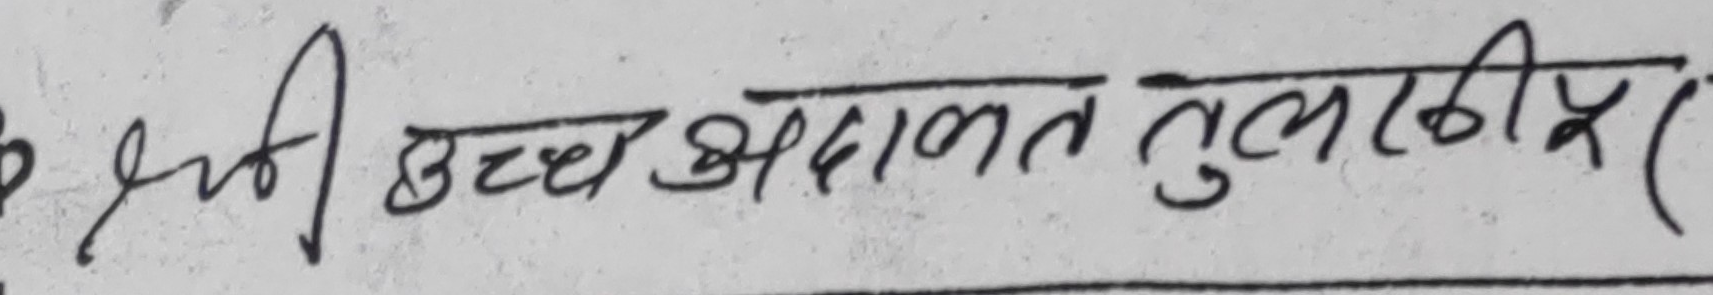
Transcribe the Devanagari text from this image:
श्री उच्च अदालत तुलसीपुर।